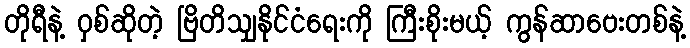
တိုရီနဲ့ ဝှစ်ဆိုတဲ့ ဗြိတိသျှနိုင်ငံရေးကို ကြီးစိုးမယ့် ကွန်ဆာဗေးတစ်နဲ့